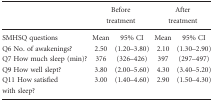
<table><thead><tr><td></td><td colspan="3"><b>Before treatment</b></td><td colspan="5"><b>After treatment</b></td></tr></thead><tbody><tr><td>SMHSQ questions</td><td>Mean</td><td>95% CI</td><td>Mean</td><td>95% CI</td></tr><tr><td>Q6 No. of awakenings?</td><td>2.50</td><td>(1.20–3.80)</td><td>2.10</td><td>(1.30–2.90)</td></tr><tr><td>Q7 How much sleep (min)?</td><td>376</td><td>(326–426)</td><td>397</td><td>(297–497)</td></tr><tr><td>Q9 How well slept?</td><td>3.80</td><td>(2.00–5.60)</td><td>4.30</td><td>(3.40–5.20)</td></tr><tr><td>Q11 How satisfied with sleep?</td><td>3.00</td><td>(1.40–4.60)</td><td>2.90</td><td>(1.50–4.30)</td></tr></tbody></table>